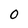
Character: O